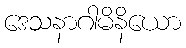
ဒေသနာဂါမိနိယော